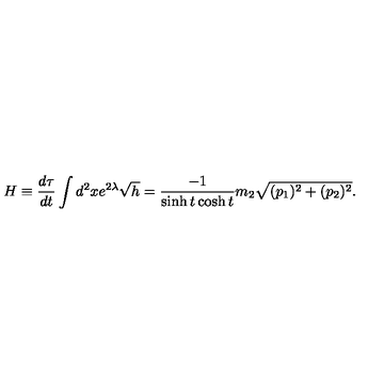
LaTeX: H \equiv \frac { d \tau } { d t } \int d ^ { 2 } x e ^ { 2 \lambda } \sqrt { h } = \frac { - 1 } { \sinh t \cosh t } m _ { 2 } \sqrt { ( p _ { 1 } ) ^ { 2 } + ( p _ { 2 } ) ^ { 2 } } .